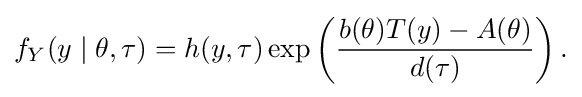
f_{Y}(y\mid \theta ,\tau )=h(y,\tau )\exp \left({\frac {b(\theta )T(y)-A(\theta )}{d(\tau )}}\right).\,\!